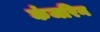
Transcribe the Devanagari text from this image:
कंजरिन